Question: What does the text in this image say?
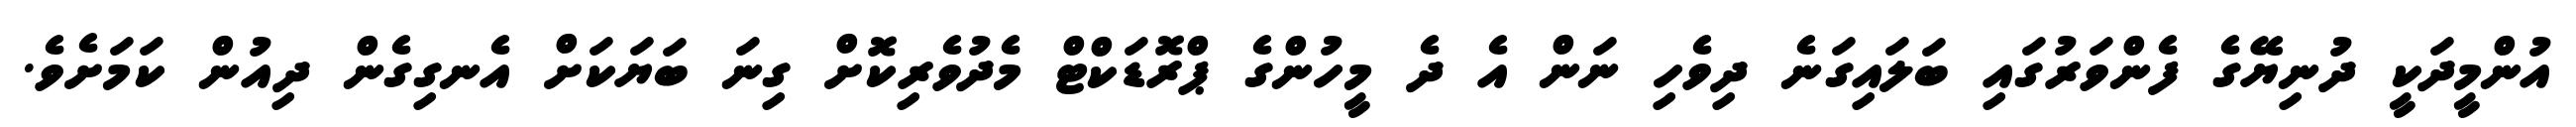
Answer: އުންމީދަކީ ދުނިޔޭގެ ފެންވަރުގައި ބަލައިގަނެ ދިވެހި ނަން އެ ދެ މީހުންގެ ޕްރޮޑަކްޓް މެދުވެރިކޮށް ގިނަ ބަޔަކަށް އެނގިގެން ދިއުން ކަމަށެވެ.